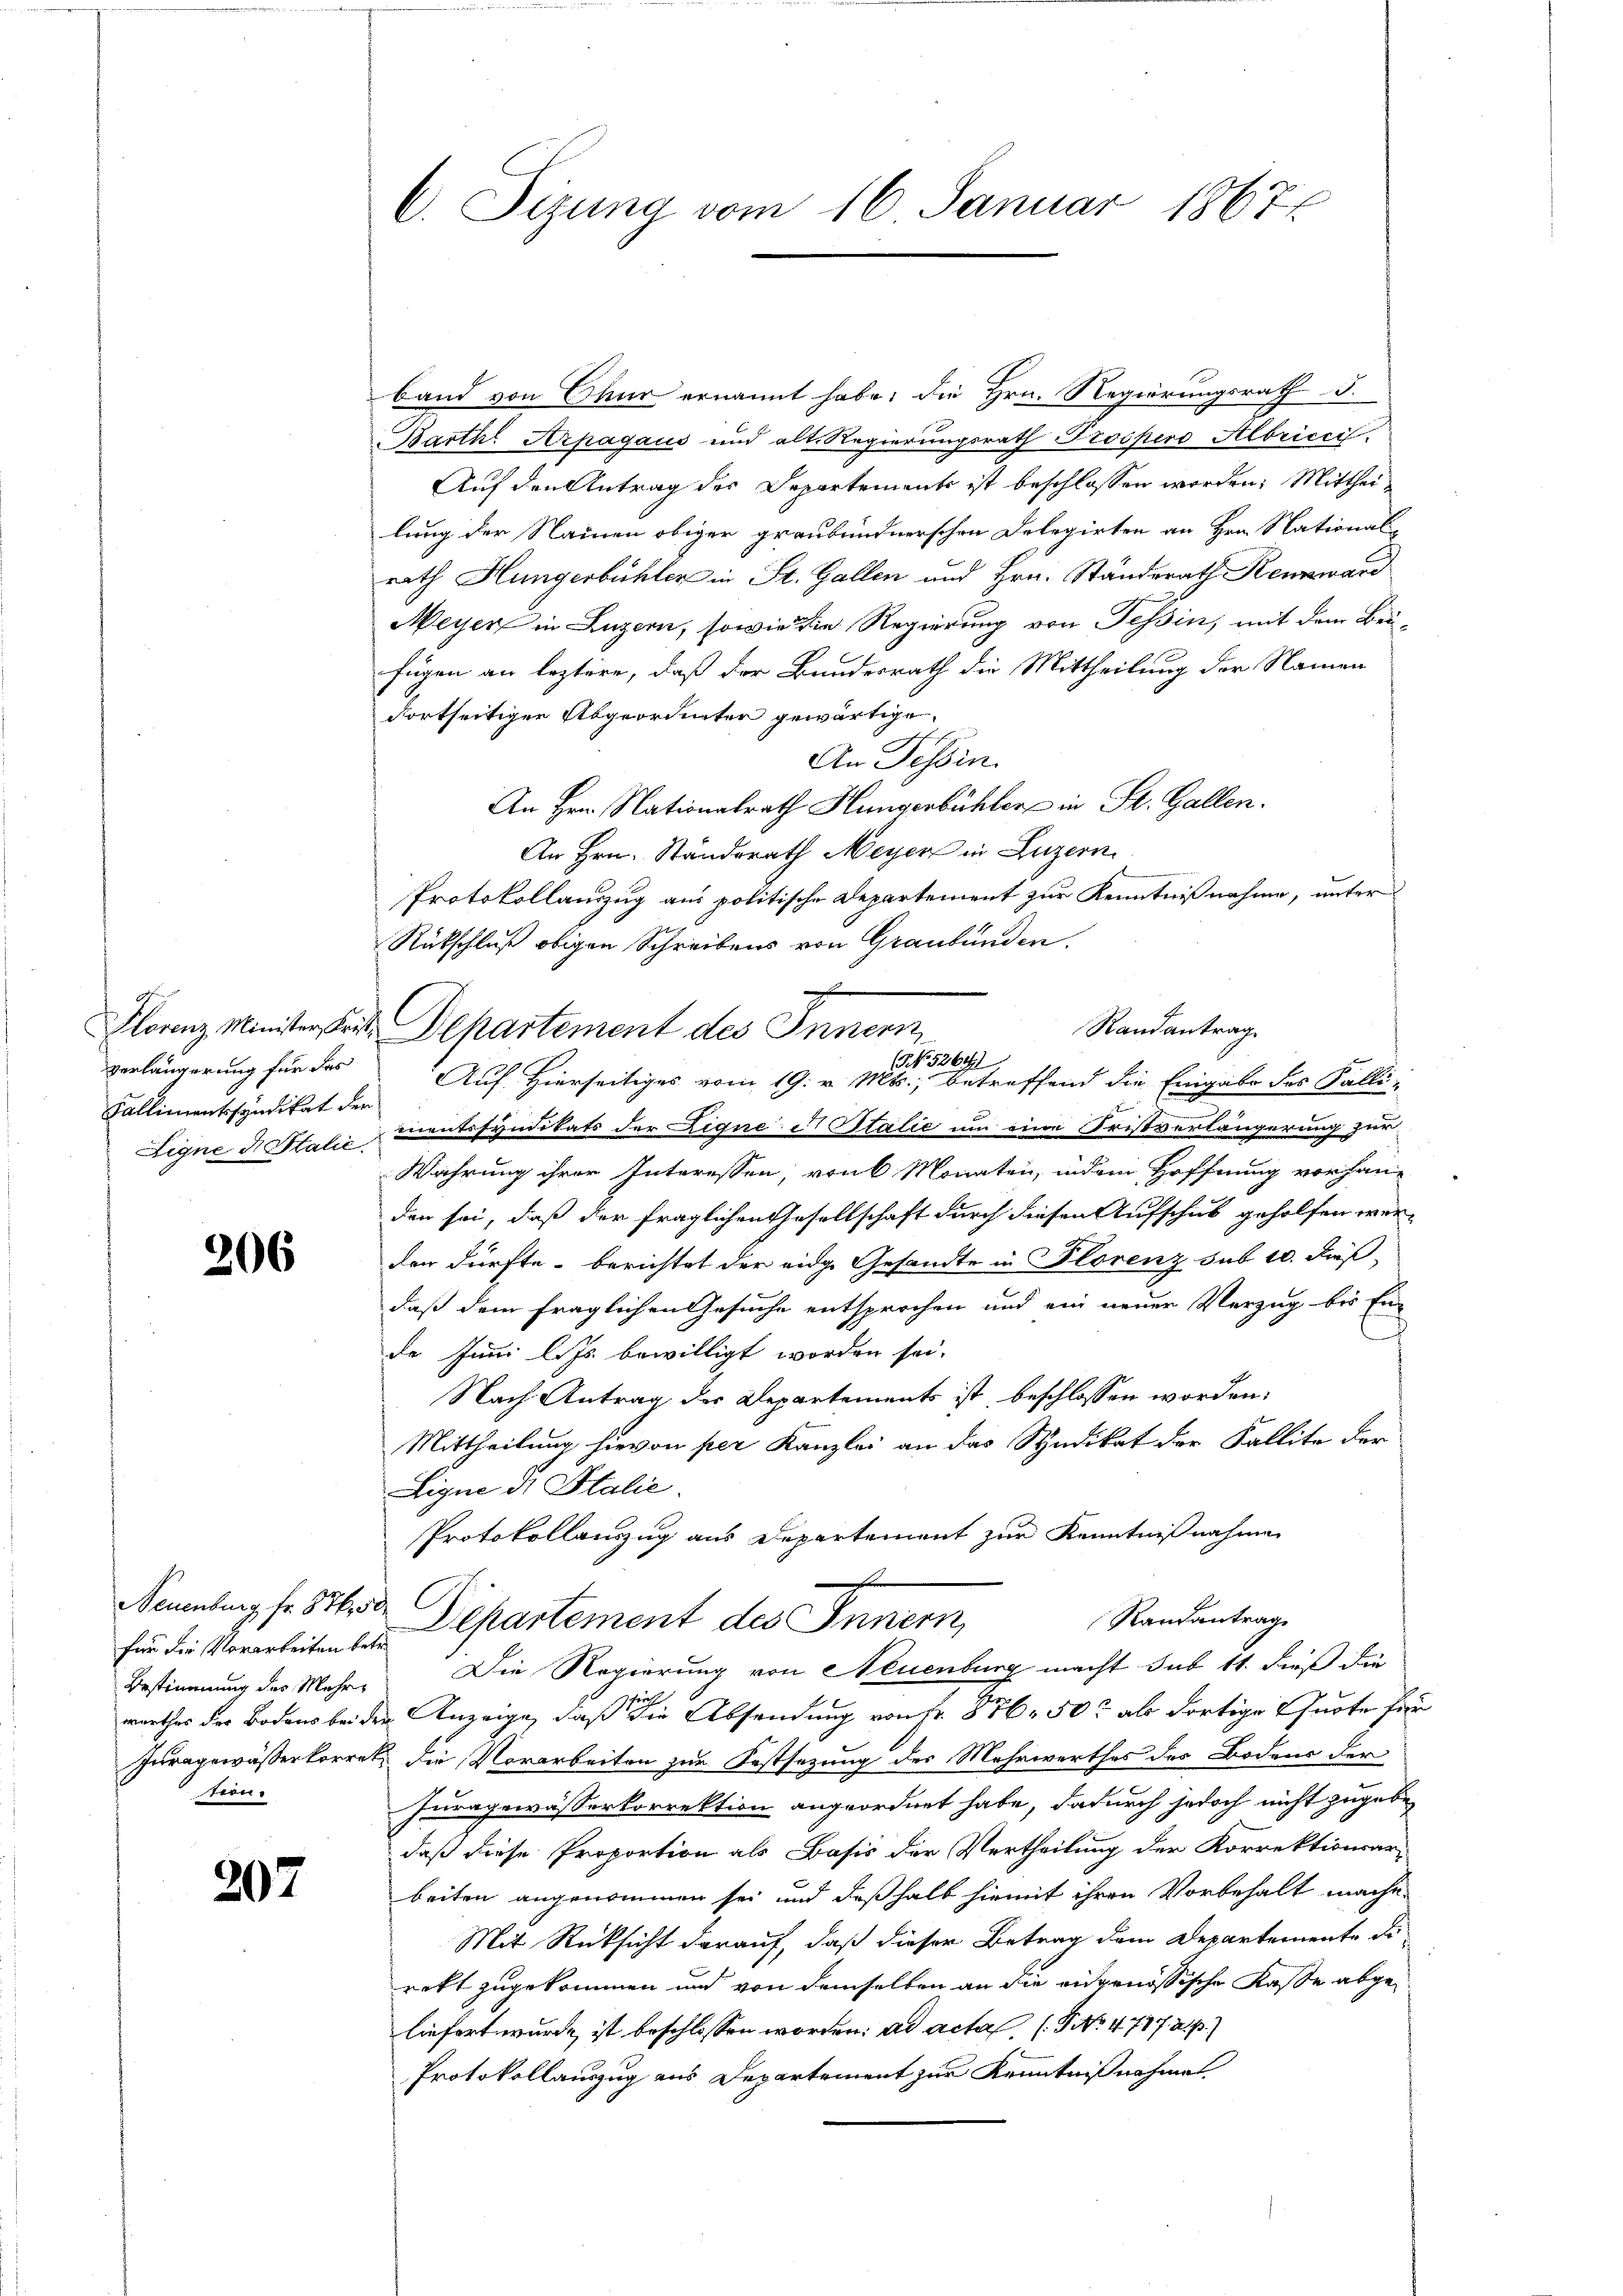
verlängerung für das
Kallimentssyndikat der

206

Neuenburg fr. 87. 50
für die Vorarbeiten betr.
Bestimmung des Mehrten.

207

C. Sizung vom 16. Januar 1867

band von Chur ernannt habe; die Hrn. Regierungsrath J.
Barth Arpagaus und alt. Regierungsrath Prospero Albriccc
Auf den Antrag des Departements ist beschlossen worden: Mittheilung der Nauen obiger graubündnerschen Delegirten an Hrn. Nationalrath Hungerbühler in St. Gallen und Hrn. Standerath Kennward
Meyer in Luzern, sowie die Regierung von Tessin, mit dem Brü-
fügen an leztere, daß der Bundesrath die Mittheilung der Namen
Fortseitigen Abgeordneter gewärtige.
An Tessin.
An Hrn. Nationalrath Hungerbühler in St. Gallen.
An Hrn. Standsrath Meyer in Luzern
Protokollauszug aus politische Departement zur Kenntnißnahme, unter
Rütschluß obigen Schreibens von Graubünden.
Randantrag
Florenz Minister seit Departement des Innern
(No. 52641
Auf Hierseitiges vom 19. v. Mts., betreffend die Eingabe des Falli¬
Eigne di Salić mentssyndikats der Ligne u. Stalie um eine Fristverlängerung zur
Wahrung ihrer Interessen, von 6 Monaten, indem Hoffnung vorhan-
den sei, daß der fraglichen Gesellschaft durch diesen Aufschub geholfen werder dürfte berichtet der eidg. Gesandte in Plorenz sub 20. dieß
daß dem fraglichen Gesuche entsprochen und ein neuer Verzug bis Ende Juni l. Js. bewilligt worden sei.
Nach Antrag der Departements ist, beschlossen worden.
Mittheilung hievon per Kanzlei an das Syndikat der Fallite der
Ligne di Stalie
Protokollauszug aus Departement zur Kenntnißnahme
.
Randantrag
Departement des Innern
Die Regierung von Neuenburg macht sub 11. dieß die
eich
werthes der Bodens bei der Anzeige, daß die Absendung von Nr. 876. 50 als dortige Quote für
Juragewässerkorret die Vorarbeiten zur Festsezung des Mehrwerthes des Bodens der
Juragewässerkorrektion angeordnet habe, dadurch jedoch nicht zugeben
daß diese Proportion als Basis der Vertheilung der Korrektionsar-
beiten angenommen sei und deßhalb hiemit ihren Vorbehalt mache.
Mit Rücksicht darauf, daß dieser Betrag dem Departemente di
rekt zugekommen und von demselben an die eidgenössische Kasse abgeliefert wurde ist beschlossen worden. ad actas (G No. 4717. a. p.)
Protokollauszug aus Departement zur Kenntnißnahmen